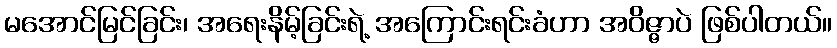
မအောင်မြင်ခြင်း၊ အရေးနိမ့်ခြင်းရဲ့ အကြောင်းရင်းခံဟာ အဝိဇ္ဇာပဲ ဖြစ်ပါတယ်။